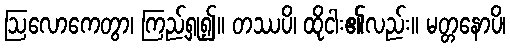
ဩလောကေတွာ၊ ကြည့်ရှု၍။ တဿပိ၊ ထိုငါး၏လည်း။ မတ္တနောပိ၊